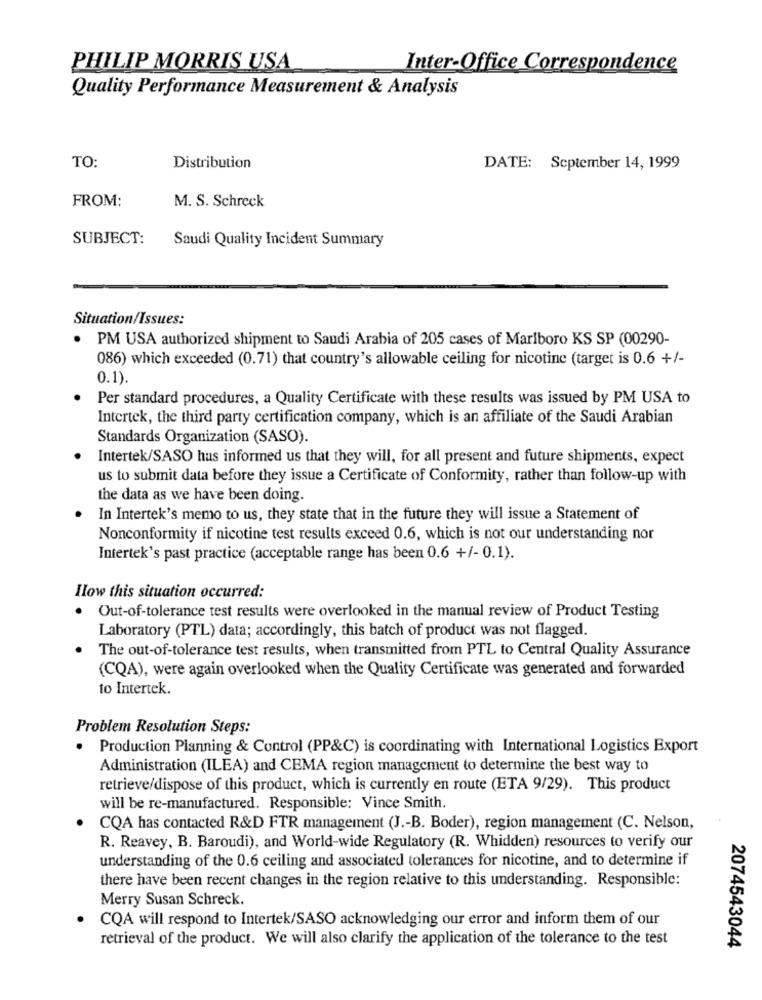
PHILIP MORRIS USA
Inter-Office Correspondence
Quality Performance Measurement & Analysis
TO:
Distribution
DATE: September 14, 1999
FROM:
M. S. Schreck
SUBJECT:
Saudi Quality Incident Summary
Situation/Issues:
· PM USA authorized shipment to Saudi Arabia of 205 cases of Marlboro KS SP (00290-
086) which exceeded (0.71) that country's allowable ceiling for nicotine (target is 0.6 +/-
0.1).
Per standard procedures, a Quality Certificate with these results was issued by PM USA to
Intertek, the third party certification company, which is an affiliate of the Saudi Arabian
Standards Organization (SASO).
Intertek/SASO has informed us that they will, for all present and future shipments, expect
us to submit data before they issue a Certificate of Conformity, rather than follow-up with
the data as we have been doing.
In Intertek's memo to us, they state that in the future they will issue a Statement of
Nonconformity if nicotine test results exceed 0.6, which is not our understanding nor
Intertek's past practice (acceptable range has been 0.6 +/- 0.1).
How this situation occurred:
Out-of-tolerance test results were overlooked in the manual review of Product Testing
Laboratory (PTL) data; accordingly, this batch of product was not flagged.
The out-of-tolerance test results, when transmitted from PTL to Central Quality Assurance
(CQA), were again overlooked when the Quality Certificate was generated and forwarded
to Intertek.
Problem Resolution Steps:
.
Production Planning & Control (PP&C) is coordinating with International Logistics Export
Administration (ILEA) and CEMA region management to determine the best way to
retrieve/dispose of this product, which is currently en route (ETA 9/29). This product
will be re-manufactured. Responsible: Vince Smith.
CQA has contacted R&D FTR management (J .- B. Boder), region management (C. Nelson,
R. Reavey, B. Baroudi), and World-wide Regulatory (R. Whidden) resources to verify our
understanding of the 0.6 ceiling and associated tolerances for nicotine, and to determine if
there have been recent changes in the region relative to this understanding. Responsible:
Merry Susan Schreck.
CQA will respond to Intertek/SASO acknowledging our error and inform them of our
retrieval of the product. We will also clarify the application of the tolerance to the test
2074543044